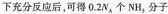
下充分反应后，可得0.2N_{A}个NH_{3}分子